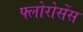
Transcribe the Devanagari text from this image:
फ्लोरोसेंस